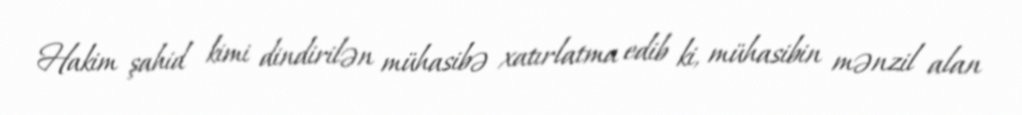
Hakim şahid kimi dindirilən mühasibə xatırlatma edib ki, mühasibin mənzil alan